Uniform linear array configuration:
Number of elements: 48
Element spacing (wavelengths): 0.25
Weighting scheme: kaiser
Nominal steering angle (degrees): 30
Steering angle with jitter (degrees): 31.967
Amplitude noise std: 0.05
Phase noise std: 0.05

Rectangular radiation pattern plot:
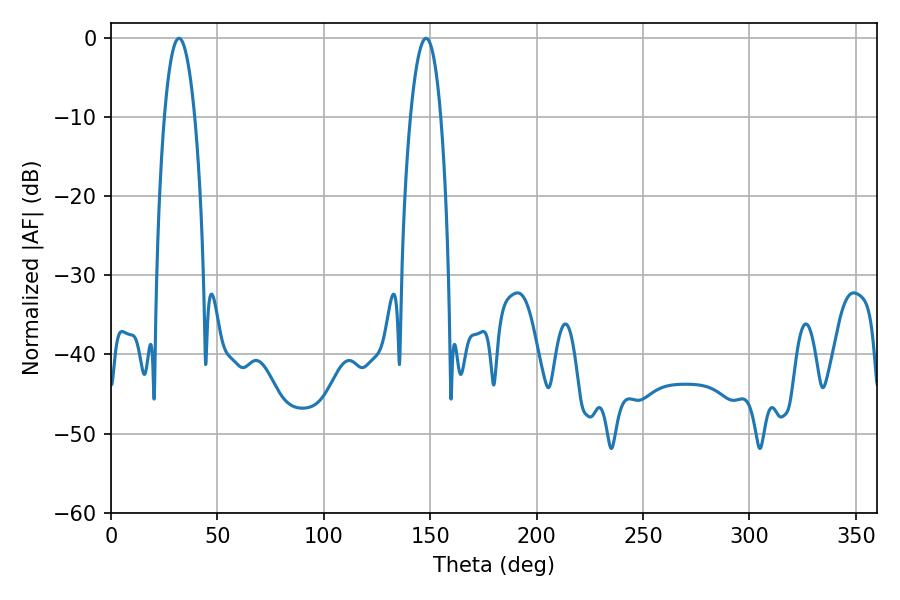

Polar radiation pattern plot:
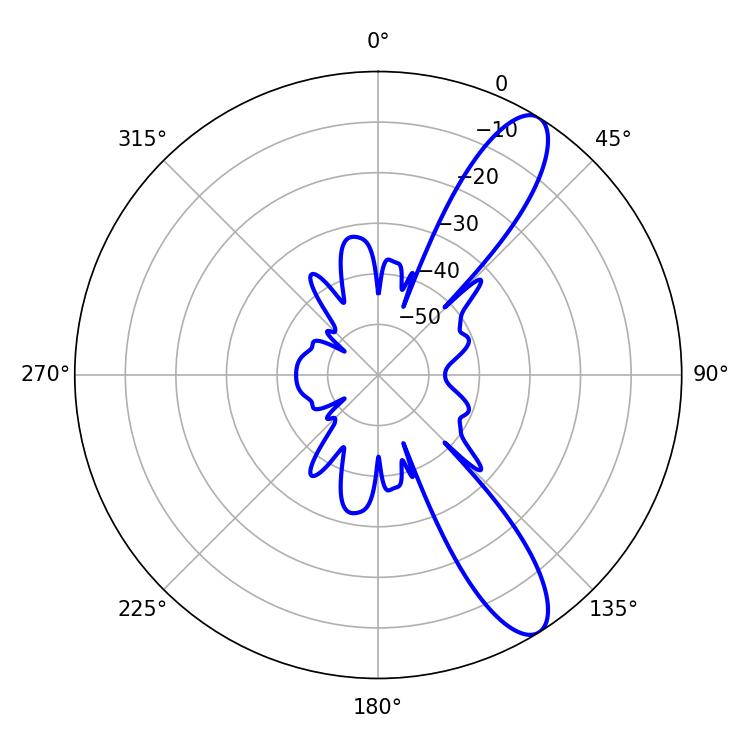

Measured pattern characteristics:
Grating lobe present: FALSE
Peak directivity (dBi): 11.054
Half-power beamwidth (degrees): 7.92
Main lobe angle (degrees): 32.04